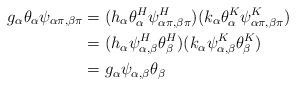
LaTeX: \begin{align*} g_{\alpha}\theta_{\alpha}\psi_{\alpha\pi,\beta\pi} & =(h_{\alpha}\theta_{\alpha}^H\psi_{\alpha\pi,\beta\pi}^H)(k_{\alpha}\theta_{\alpha}^K \psi_{\alpha\pi, \beta\pi}^K) \\& = (h_{\alpha}\psi_{\alpha,\beta}^{H}\theta_{\beta}^{H})(k_{\alpha}\psi_{\alpha,\beta}^{K}\theta_{\beta}^{K}) \\& = g_{\alpha}\psi_{\alpha,\beta}\theta_{\beta} \end{align*}